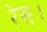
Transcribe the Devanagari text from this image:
रेस।